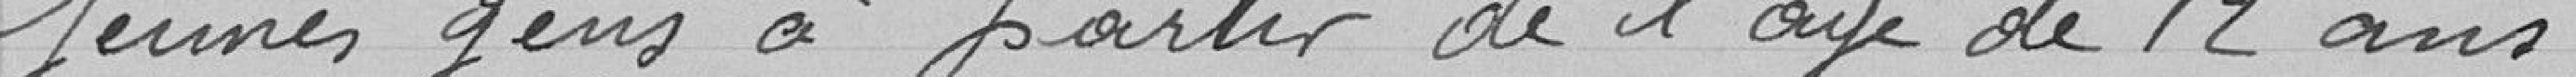
jeunes gens à partir de l'age de 12 ans